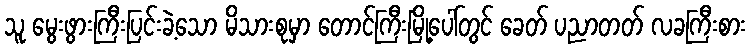
သူ မွေးဖွားကြီးပြင်းခဲ့သော မိသားစုမှာ တောင်ကြီးမြို့ပေါ်တွင် ခေတ် ပညာတတ် လခကြီးစား